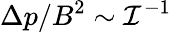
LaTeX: \Delta p/B^{2}\sim\mathcal{I}^{-1}